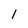
Character: 1